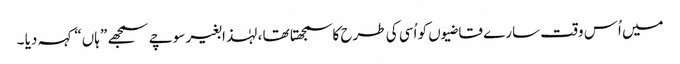
میں اُس وقت سارے قاضیوں کو اُسی کی طرح کاسمجھتا تھا ، لہٰذا بغیر سوچے سمجھے ”ہاں“ کہہ دیا ۔